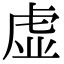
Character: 虚